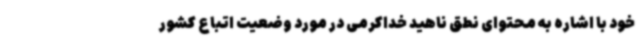
خود با اشاره به محتوای نطق ناهید خداکرمی در مورد وضعیت اتباع کشور